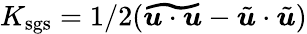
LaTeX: K_{\mathrm{sgs}}=1/2(\widetilde{\boldsymbol{u}\cdot\boldsymbol{u}}-\tilde{\boldsymbol{u}}\cdot\tilde{\boldsymbol{u}})